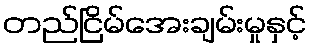
တည်ငြိမ်အေးချမ်းမှုနှင့်